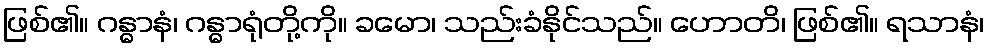
ဖြစ်၏။ ဂန္ဓာနံ၊ ဂန္ဓာရုံတို့ကို။ ခမော၊ သည်းခံနိုင်သည်။ ဟောတိ၊ ဖြစ်၏။ ရသာနံ၊